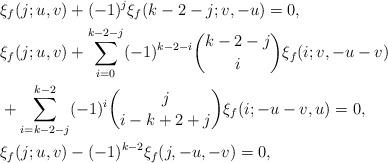
LaTeX: \begin{align*} &\xi_f(j; u, v) + (-1)^j \xi_f(k-2-j; v, -u) = 0,\\ &\xi_f(j; u, v) + \sum_{i=0}^{k-2-j}(-1)^{k-2-i} \binom{k-2-j}{i} \xi_f(i; v, -u-v) \\&+ \sum_{i=k-2-j}^{k-2} (-1)^i \binom{j}{i-k+2+j}\xi_f(i; -u-v, u) = 0,\\ &\xi_f(j; u, v) - (-1)^{k-2} \xi_f(j, -u, -v)=0,\end{align*}